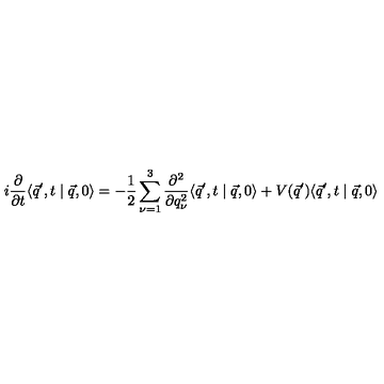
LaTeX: i \frac { \partial } { \partial t } \langle \vec { q } ^ { \prime } , t \mid \vec { q } , 0 \rangle = - \frac { 1 } { 2 } \sum _ { \nu = 1 } ^ { 3 } \frac { \partial ^ { 2 } } { \partial q _ { \nu } ^ { 2 } } \langle \vec { q } ^ { \prime } , t \mid \vec { q } , 0 \rangle + V ( \vec { q } ^ { \prime } ) \langle \vec { q } ^ { \prime } , t \mid \vec { q } , 0 \rangle